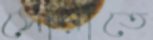
সোয়াতে